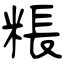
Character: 粻